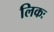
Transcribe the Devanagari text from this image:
लिकः